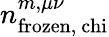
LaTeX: n_{\mathrm{frozen,\ chi}}^{m,\mu\nu}